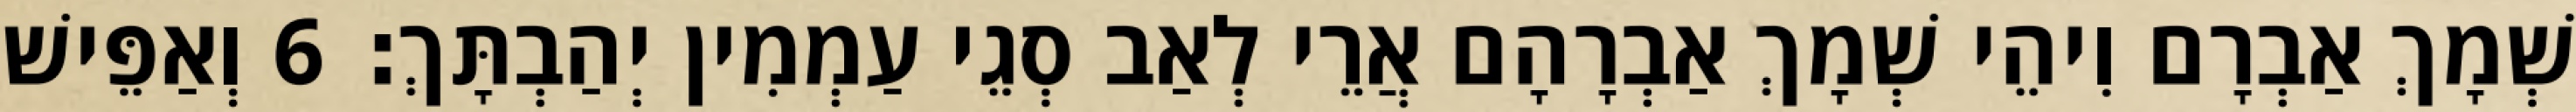
שְׁמָךְ אַבְרָם וִיהֵי שְׁמָךְ אַבְרָהָם אֲרֵי לְאַב סְגֵי עַמְמִין יְהַבְתָּךְ׃ 6 וְאַפֵּישׁ